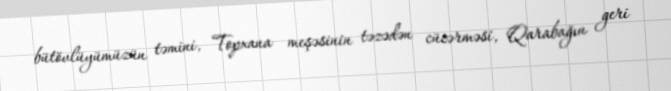
bütövlüyümüzün təmini, Topxana meşəsinin təzədən cücərməsi, Qarabağın geri